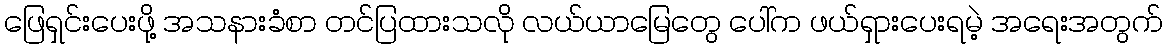
ဖြေရှင်းပေးဖို့ အသနားခံစာ တင်ပြထားသလို လယ်ယာမြေတွေ ပေါ်က ဖယ်ရှားပေးရမဲ့ အရေးအတွက်